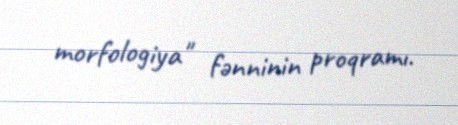
morfologiya" fənninin proqramı.